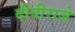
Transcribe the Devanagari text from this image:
दीदीराजे